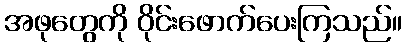
အဖုတွေကို ဝိုင်းဖောက်ပေးကြသည်။